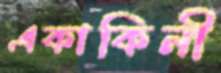
একাকিনী